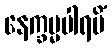
နေက္ခမ္မပါရမိံ